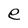
Character: e